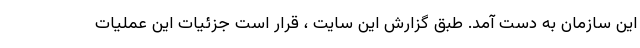
این سازمان به دست آمد. طبق گزارش این سایت ، قرار است جزئیات این عملیات